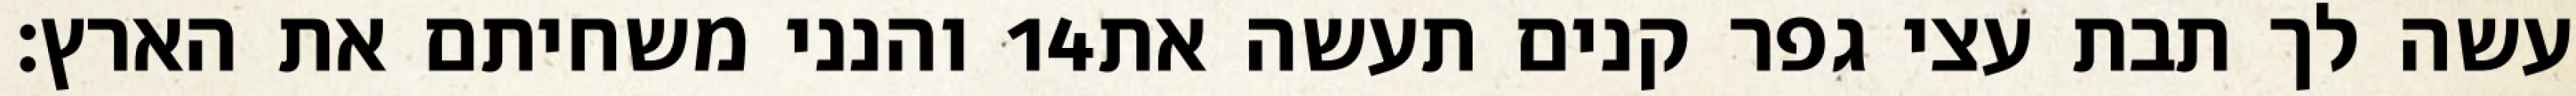
והנני משחיתם את הארץ׃ ‎14‏ עשה לך תבת עצי גפר קנים תעשה את